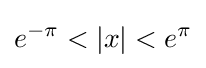
e^{-\pi }<|x|<e^{\pi }